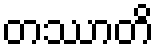
တဿာတိ